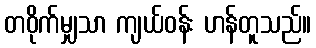
တဝိုက်မျှသာ ကျယ်ဝန်း ဟန်တူသည်။